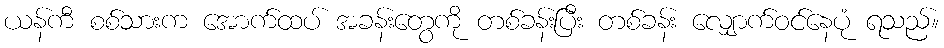
ယန်ကီ စစ်သားက အောက်ထပ် အခန်းတွေကို တစ်ခန်းပြီး တစ်ခန်း လျှောက်ဝင်နေပုံ ရသည်။